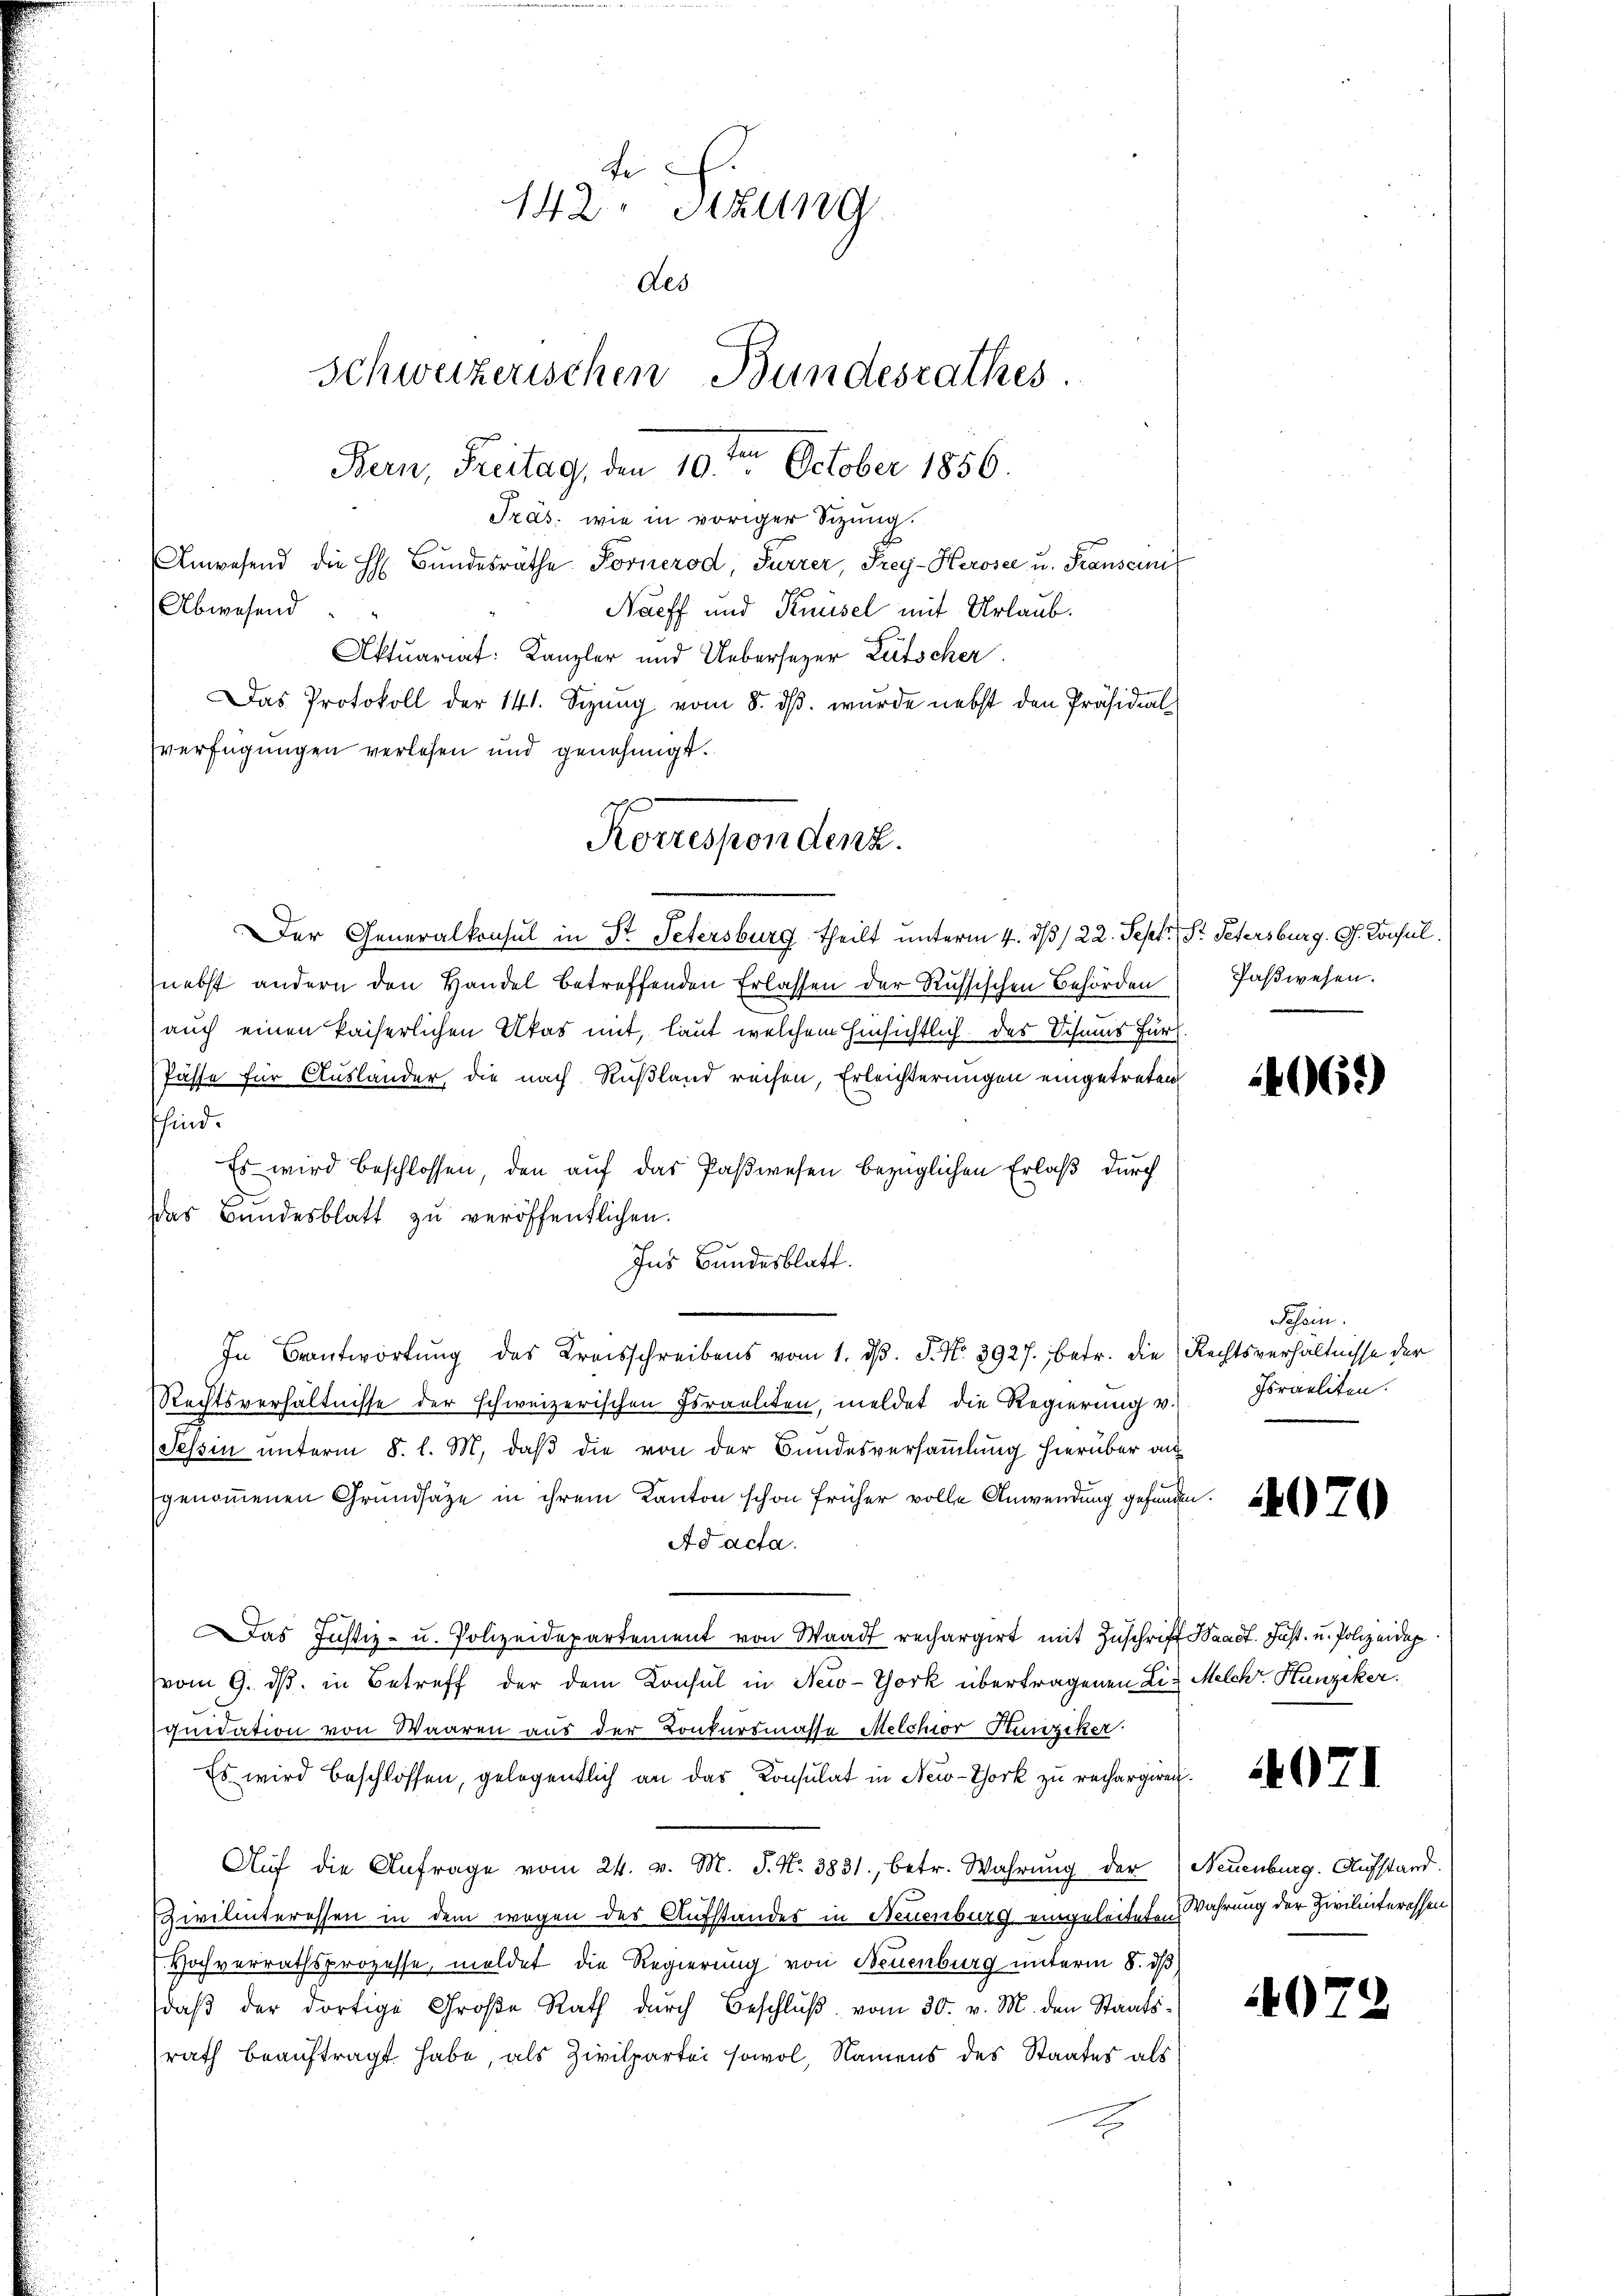
Der Generalkonsul in Dr. Petersburg theilt unterm 4. ds /22. Sept. St. Petersburg. G. Konsul
nebst andern den Handel betreffenden Erlassen der Russischen Behörden (Paβwesen.
auch einen kaiserlichen Utas mit, laut welchem hinsichtlich des Schmus für
Pässe für Auslander, die nach Rußland reisen, Erleichterungen eingetreten
sind.
Es wird beschlossen, den auf das Paßwesen bezüglichen Erlaß durch
das Bundesblatt zu veröffentlichen.
Ins Bundesblatt.
In Beantwortung des Kreisschreibens vom 1. dβ. P. Nr. 3927., betr. die Rechtsverhältnisse der
Rechtsverhältnisse der schweizerischen Israeliten, meldet die Regierung v.
Tessin unterm 8. l. M. daß die von der Bundesversammlung hierüber au
genommenen Grundsätze in ihrem Kanton schon früher volle Anwendung gefunden
Ad acta.
Das Justiz- u. Polizeidepartement von Waadt rechargirt mit Zuschrift Waadt. Just u. Polizeidep
vom 9. dβ in Betreff der dem Konsul in New-York übertragenen Die Melche Hunziker.
quidation von Waaren aus der Konkursmasse Melchior Hunziker.
Es wird beschlossen, gelegentlich an das Konsulat in New-York zu rechargiren.
Aŭf die Anfrage vom 24. v. M. P. Nr. 3831., betr. Wahrŭng der Neuenburg. Aufstand.
Zivilinteressen in dem wegen des Aufstandes in Neuenburg eingeleiteten Wahrung der Zivilinteressen
Hochverrathsprozesse, meldet die Regierung von Neuenburg unterm 8. dβ
daβ der dortige Große Rath dŭrch Beschlŭβ vom 30. v. M. den Staatsrath beauftragt habe, als Zivilpartei sowol, Namens des Staates als

Abwesend

e
142. Sizung
Aes
Schweizerischen Bundesrathes.
Bern, Freitag, den ten October 1856.

Präs. wie in voriger Sitzung.

Anwesend die H. Bŭndesräthe Fornerod, Furrer, Frey-Herosee u. Franscinis
Naeff und Knüsel mit Urlaub.
Aktuariat: Kanzler und Uebersezer Lütscher
Das Protokoll der 141. Sizŭng vom 8. dβ. wurde nebst den Präsidial-
verfügungen verlesen und genehmigt.

Reruspendenz.

Schein.
Israeliten.

406)

4070

4071

9